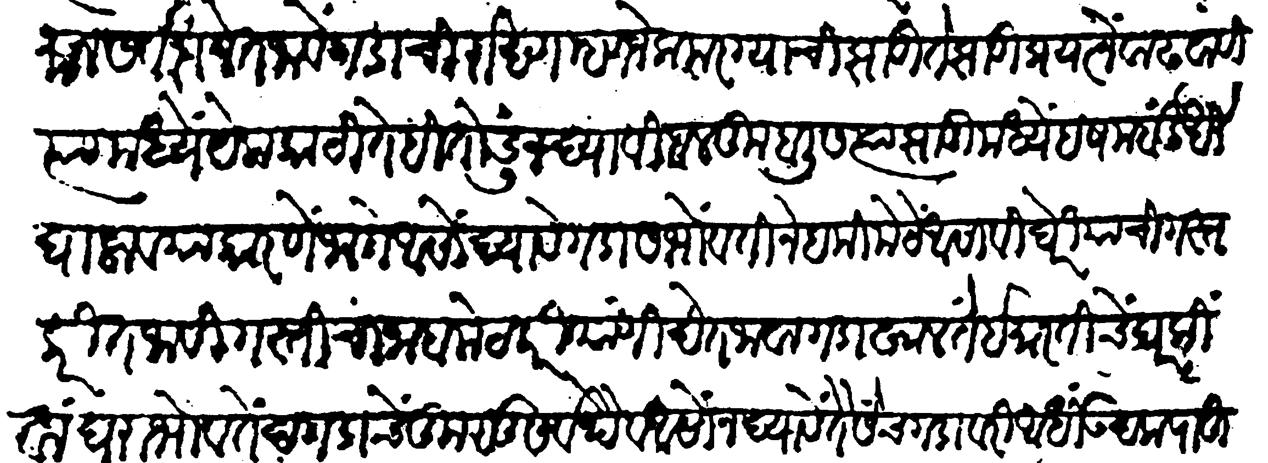
Transliteration (Devanagari): सामान सर्वदा नेत जावें गडाची राखण म्हणजे कमरग्याची झाडी ते झाडी प्रयत्नें वाढवावी त्यामध्यें येक काठी तेही तोडू न द्यावी बलकबुलीस त्या झाडीमध्यें हराम बंदुखी घालावया कारणें जागे आसो द्यावे गडासभोवती नेहमी मेटें आसावीं घेरियाची गस्त करीत जावी गस्तीचा जाब मेटकरी यांणी देत जावा गडाखालतें इमारतीचें घर किंवा घराभोंवतें दगडाचें कुसू सर्वथैव असों न द्यावें तैसेंच गडावरी आधी उदक पाहून